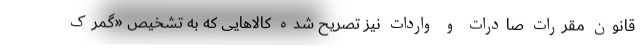
قانون مقررات صادرات و واردات نیز تصریح شده کالاهایی که به تشخیص «گمرک